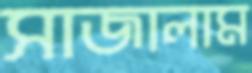
সাজালাম